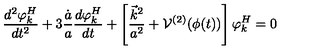
\frac { d ^ { 2 } \varphi _ { k } ^ { H } } { d t ^ { 2 } } + 3 \frac { \dot { a } } { a } \frac { d \varphi _ { k } ^ { H } } { d t } + \left[ \frac { \vec { k } ^ { 2 } } { a ^ { 2 } } + { \cal { V } } ^ { ( 2 ) } ( \phi ( t ) ) \right] \varphi _ { k } ^ { H } = 0